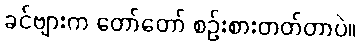
ခင်ဗျားက တော်တော် စဉ်းစားတတ်တာပဲ။